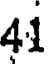
41